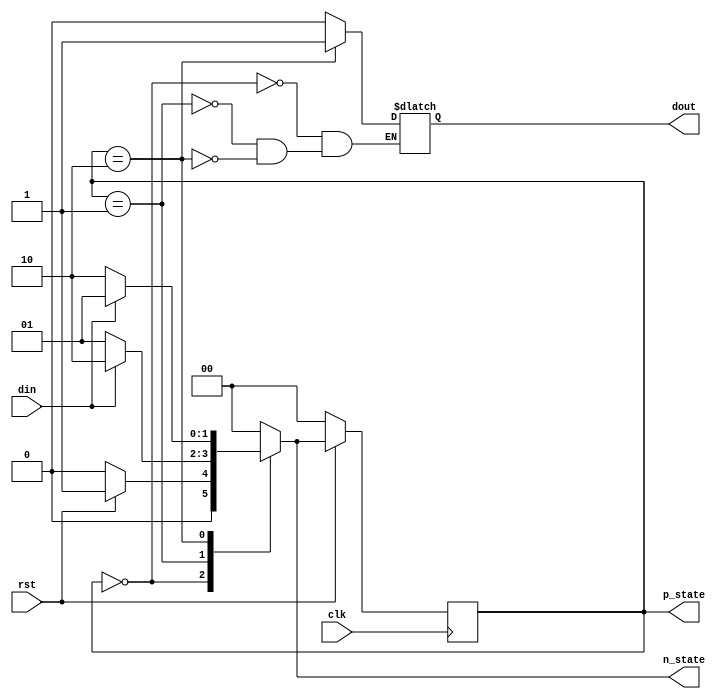
// 2-process methodology
// Here, we have 2 different blocks:
//		- State Sequencer/Reset logic
//		- Output Decoder + Next State Decoder

module FSM_2(
			input 	clk,
			input	rst,
			input	din,	// Data Input
			
			output	reg dout,

			// Debugging Purpose
			output	reg [1:0] p_state,	// Present state
			output	reg [1:0] n_state	// Next State	
			);
		
// Define states	
localparam	idle = 2'b00,			
			s0	 = 2'b01,
			s1	 = 2'b10;
			
// reg [1:0] p_state;	// Present state
// reg [1:0] n_state;	// Next State
			
// 2-process methodology

// 1. State Sequencer/Reset Logic - Sequential Logic
always @(posedge clk)
	begin
	
		if(!rst)
		begin
				// Negedge Reset
			p_state <= idle;
		end
		
		else
			p_state <= n_state;	
	end
	

// 2. Output Decoder + Next State Decoder - Combinational Logic 
always @(p_state, din)
	begin
			
		case(p_state)
			
			idle:	
					begin		 // Next State Decoder
					dout = 1'b0; // Output Sequencer/Reset Logic

						if(!rst)
								begin	n_state = idle;	end
						
						else
								begin	n_state = s0;	end
					end
				
			s0:		
					begin	// Next State Decoder
					dout = 1'b0; // Output Sequencer/Reset Logic
						
						if(din == 1'b1)
								begin	n_state = s1;	end
					
						else
								begin	n_state = s0;	end
					end
					
			s1:		
					begin	// Next State Decoder
					dout = 1'b1; // Output Sequencer/Reset Logic					
						
						if(din == 1'b1)
								begin	n_state = s0;	end
								
						else
								begin	n_state = s1;	end	
								
			
					end
			
			default n_state = idle;
			
		endcase
	
	end


endmodule